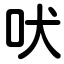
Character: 吠